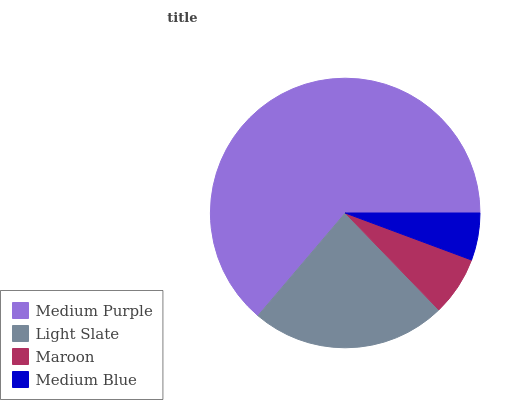
| Medium Purple | Light Slate | Maroon | Medium Blue |
 | --- | --- | --- | --- |
 | 63.8% | 23.4% | 7.1% | 5.67% |